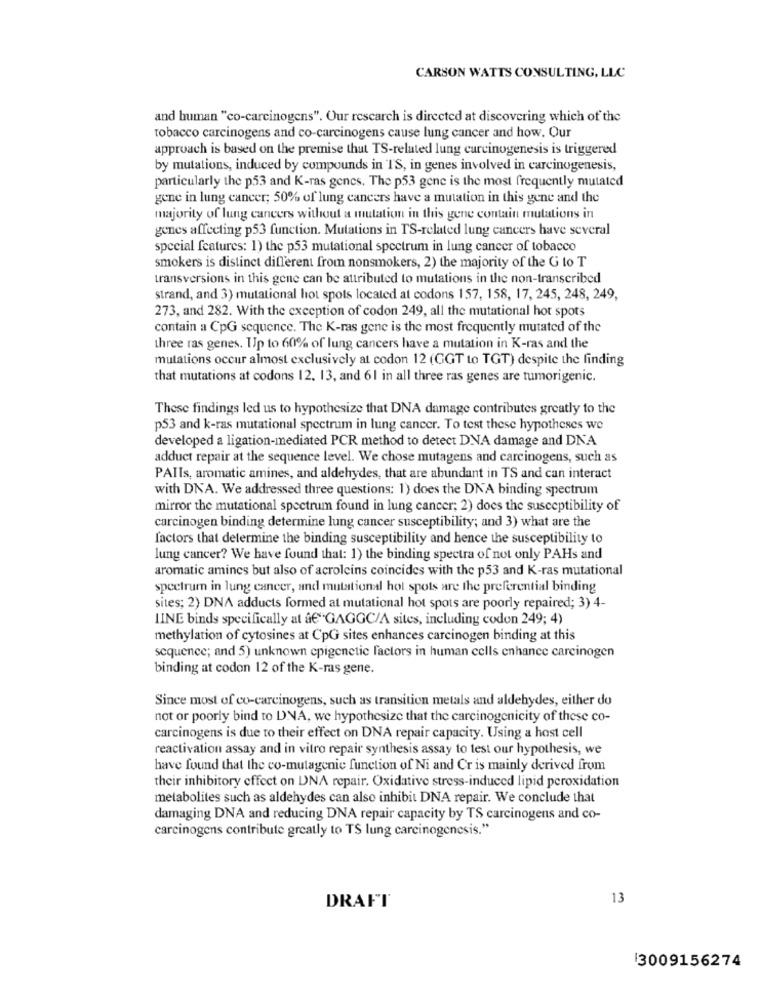
CARSON WATTS CONSULTING, LLC
and human "co-carcinogens". Our rescarch is directed at discovering which of the
tobacco carcinogens and co-carcinogens cause lung cancer and how. Our
approach is based on the premise thut TS-related lung carcinogenesis is triggered
by mutations, induced by compounds in IS, in genes involved in carcinogenesis,
particularly the p53 and K-ras genes. The p53 gene is the most frequently mutated
gene in lung cancer; 50% of lung cancers have a mutation in this gene and the
majority of lung cancers without a mutation in this gene contain mutations in
genes affecting p53 function. Mutations in TS-related lung cancers have several
special features: 1) the p53 mutational spectrum in lung cancer of tobacco
smokers is distinct different from nonsmokers, 2) the majority of the G to T
transversions in this gene can be attributed to mutations in the non-transcribed
strand, and 3) mutational hot spots located at codons 157, 158, 17, 245, 248, 249,
273, and 282. With the exception of codon 249, all the mutational hot spots
contain a CpG sequence. The K-ras gene is the most frequently mutated of the
three ras genes. Up to 60% of lung cancers have a mutation in K-ras and the
mutations occur almost exclusively at codon 12 (GGT to TGT) despite the finding
that mutations at codons 12. 13, and 61 in all three ras genes are tumorigenic.
These findings led us to hypothesize that DNA damage contributes greatly to the
p53 and k-ras mutational spectrum in lung cancer. To test these hypotheses we
developed a ligation-mediated PCR method to detect DNA damage and DNA
adduct repair at the sequence level. We chose mutagens and carcinogens, such as
PAIIs, aromatic amines, and aldehydes, that are abundant in TS and can interact
with DNA. We addressed three questions: 1) does the DNA binding spectrum
mirror the mutational spectrum found in lung cancer; 2) does the susceptibility of
carcinogen binding determine lung cancer susceptibility; and 3) what are the
factors that determine the binding susceptibility and hence the susceptibility to
lung cancer? We have found that: 1) the binding spectra of not only PAHs and
aromatic amines but also of acroleins coincides with the p53 and K-ras mutational
spectrum in lung cancer, and mutational hot spots are the preferential binding
sites; 2) DNA adducts formed at mutational hot spots are poorly repaired; 3) 4-
LINE binds specifically at â€"GAGGC/A sites, including codon 249; 4)
methylation of cytosines at CpG sites enhances carcinogen binding at this
sequence; and 5) unknown epigenetic factors in human cells enhance carcinogen
binding at codon 12 of the K-ras gene.
Since most of co-carcinogens, such as transition metals and aldehydes, either do
not or poorly bind to DNA, we hypothesize that the carcinogenicity of these co-
carcinogens is due to their effect on DNA repair capacity. Using a host cell
reactivation assay and in vitro repair synthesis assay to test our hypothesis, we
have found that the co-mutagenic function of Ni and Cr is mainly derived from
their inhibitory effect on DNA repair. Oxidative stress-induced lipid peroxidation
metabolites such as aldehydes can also inhibit DNA repair. We conclude that
damaging DNA and reducing DNA repair capacity by TS carcinogens and co-
carcinogens contribute greatly to TS lung carcinogenesis."
13
DRAFT
13009156274